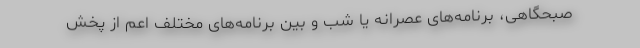
صبحگاهی، برنامه‌های عصرانه یا شب و بین برنامه‌های مختلف اعم از پخش